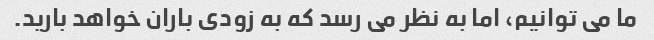
ما می توانیم، اما به نظر می رسد که به زودی باران خواهد بارید.